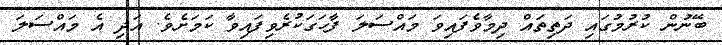
ބޭނުން ކުރުމުގައި ދަތިތައް ދިމާވެފައިވަ މައްސަލަ ފާހަގަކުރެވިފައިވާ ކަމަށެވެ. އަދި އެ މައްސަލަ